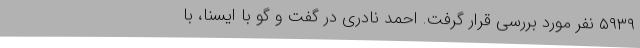
۵۹۳۹ نفر مورد بررسی قرار گرفت. احمد نادری در گفت و گو با ایسنا، با